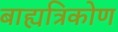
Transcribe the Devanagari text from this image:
बाह्यत्रिकोण